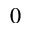
0